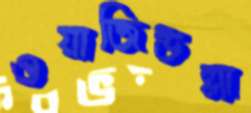
ওয়াজিউল্লা